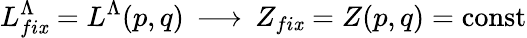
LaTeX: L_{fi\mathit{x}}^{\Lambda}=L^{\Lambda}(p,q)\, \longrightarrow\, Z_{fi\mathit{x}}=Z(p,q)=\mathrm{{const}}